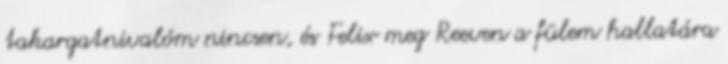
takargatnivalóm nincsen, és Felix meg Reeven a fülem hallatára